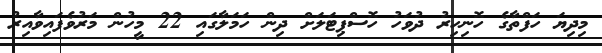
މިދިޔަ ހަފްތާގެ ހޮނިހިރު ދުވަހު ހޮސްޕިޓަލަށް ދިން ހަމަލާގައި 22 މީހުން މަރުވެފައިވާއިރު